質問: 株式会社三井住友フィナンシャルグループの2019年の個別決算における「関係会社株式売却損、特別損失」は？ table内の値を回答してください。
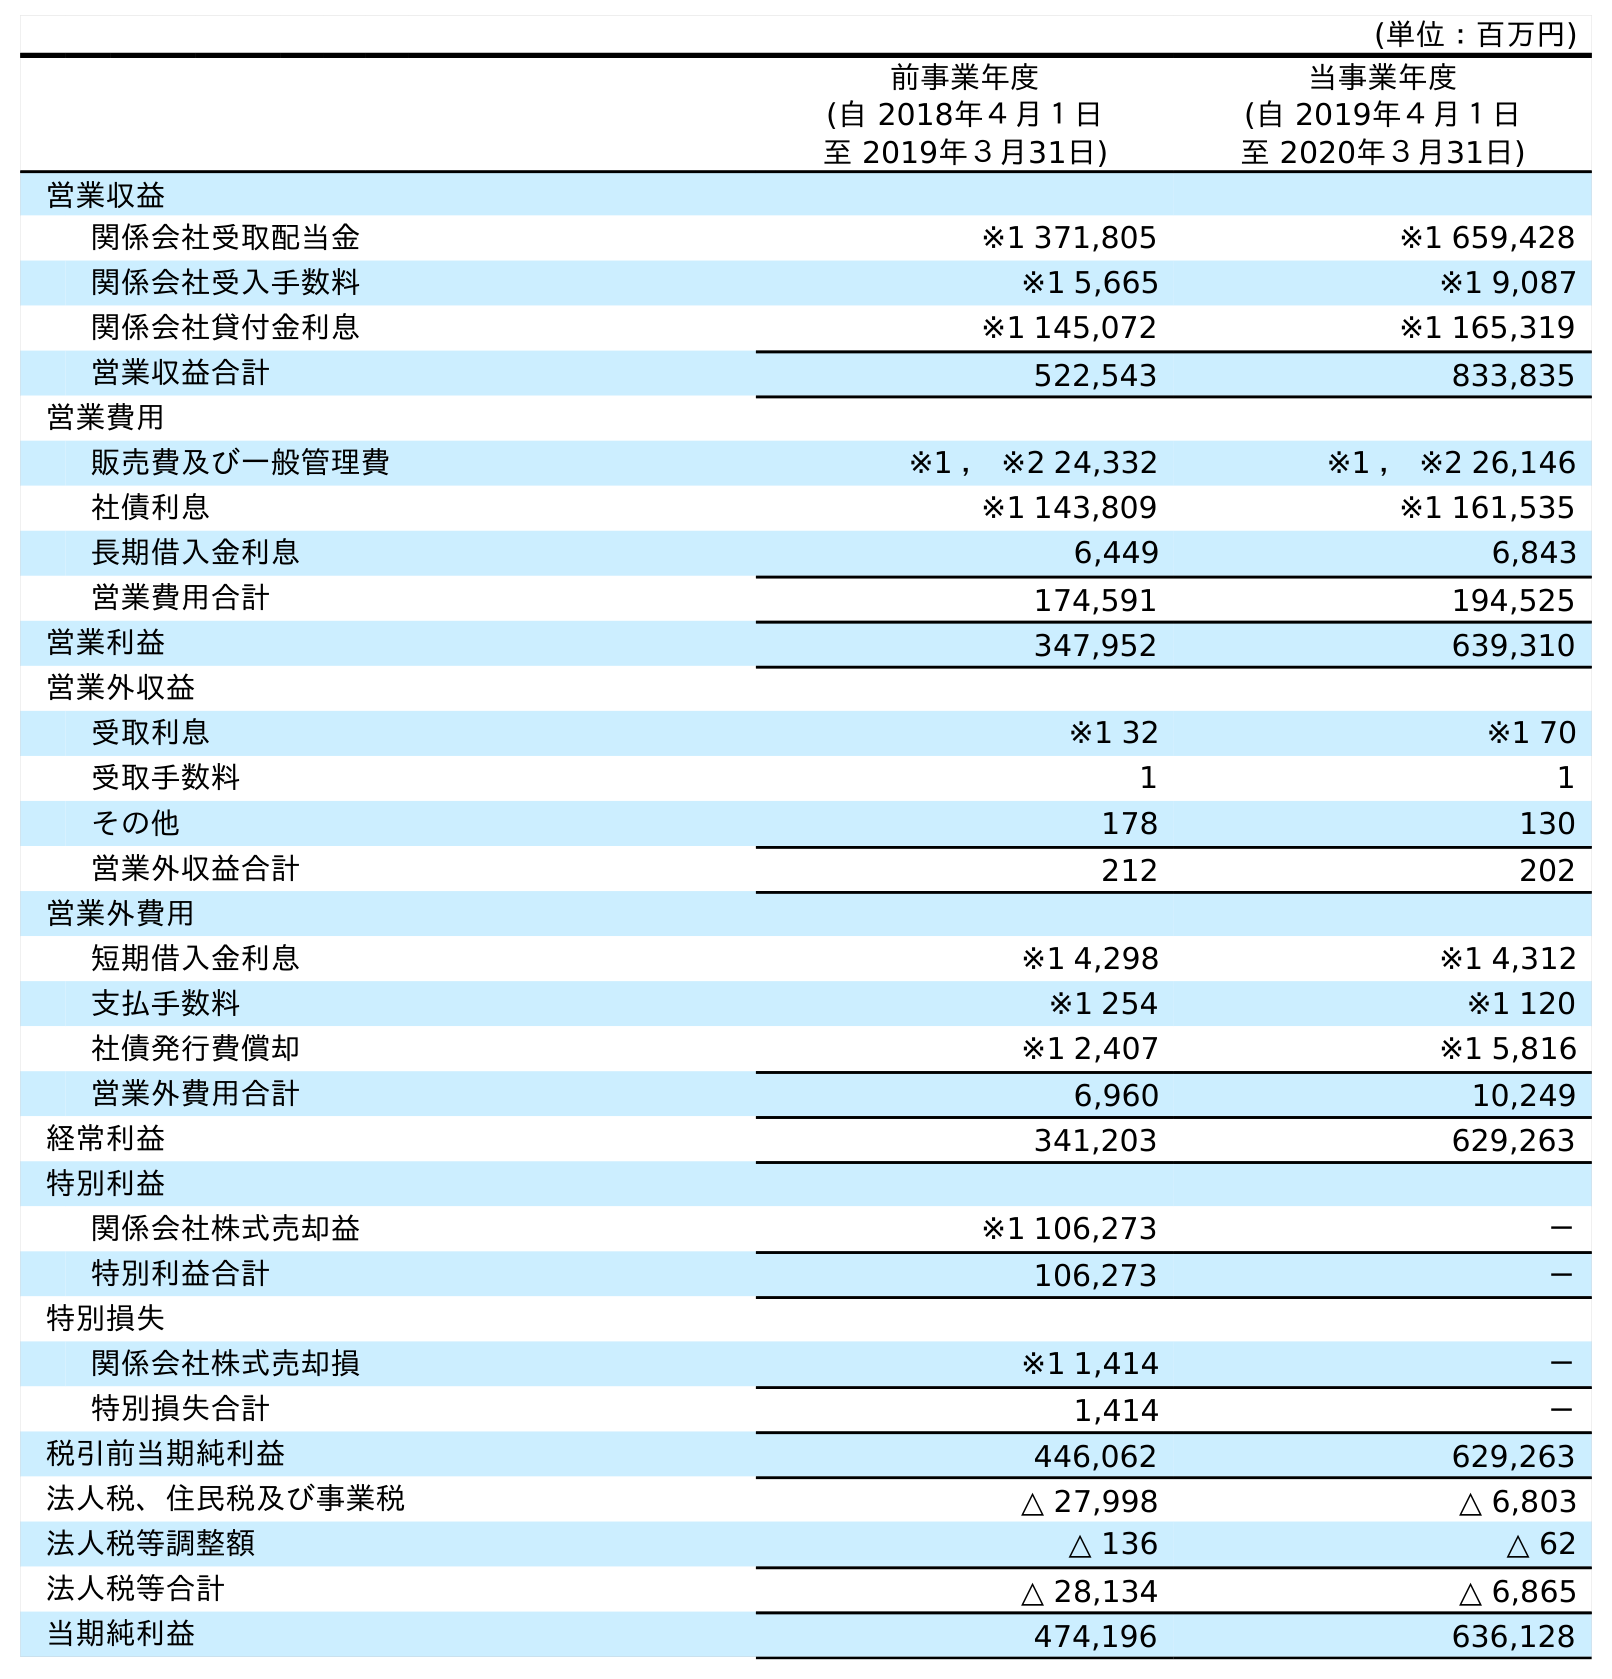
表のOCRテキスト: (単位：百万円) 前事業年度 (自 2018年４月１日 至 2019年３月31日) 当事業年度 (自 2019年４月１日 至 2020年３月31日) 営業収益 関係会社受取配当金 ※1 371,805 ※1 659,428 関係会社受入手数料 ※1 5,665 ※1 9,087 関係会社貸付金利息 ※1 145,072 ※1 165,319 営業収益合計 522,543 833,835 営業費用 販売費及び一般管理費 ※1 ， ※2 24,332 ※1 ， ※2 26,146 社債利息 ※1 143,809 ※1 161,535 長期借入金利息 6,449 6,843 営業費用合計 174,591 194,525 営業利益 347,952 639,310 営業外収益 受取利息 ※1 32 ※1 70 受取手数料 1 1 その他 178 130 営業外収益合計 212 202 営業外費用 短期借入金利息 ※1 4,298 ※1 4,312 支払手数料 ※1 254 ※1 120 社債発行費償却 ※1 2,407 ※1 5,816 営業外費用合計 6,960 10,249 経常利益 341,203 629,263 特別利益 関係会社株式売却益 ※1 106,273 － 特別利益合計 106,273 － 特別損失 関係会社株式売却損 ※1 1,414 － 特別損失合計 1,414 － 税引前当期純利益 446,062 629,263 法人税、住民税及び事業税 △ 27,998 △ 6,803 法人税等調整額 △ 136 △ 62 法人税等合計 △ 28,134 △ 6,865 当期純利益 474,196 636,128
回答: ※11,414